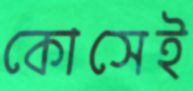
কোসেই